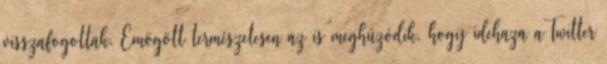
visszafogottak. Emögött természetesen az is meghúzódik, hogy idehaza aTwitter